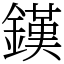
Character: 𨫪